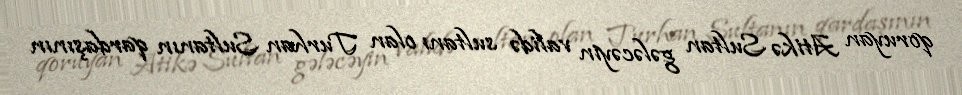
qoruyan Atikə Sultan gələcəyin validə sultanı olan Turhan Sultanın qardaşının